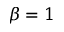
\beta = 1